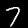
Label: 7